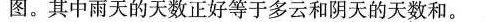
图。其中雨天的天数正好等于多云和阴天的天数和。